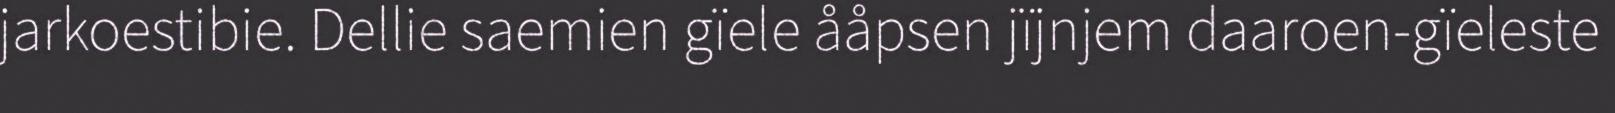
jarkoestibie. Dellie saemien gïele ååpsen jïjnjem daaroen-gïeleste